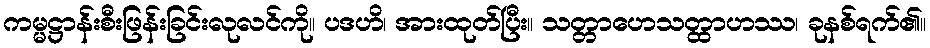
ကမ္မဋ္ဌာန်းစီးဖြန်းခြင်းလုလင်ကို။ ပဒဟိ၊ အားထုတ်ပြီး။ သတ္တာဟေသတ္ထာဟဿ၊ ခုနစ်ရက်၏။